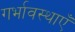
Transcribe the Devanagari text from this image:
गर्भावस्थाएँ